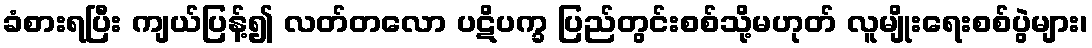
ခံစားရပြီး ကျယ်ပြန့်၍ လတ်တလော ပဋိပက္ခ ပြည်တွင်းစစ်သို့မဟုတ် လူမျိုးရေးစစ်ပွဲများ၊